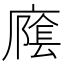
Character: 𱝍